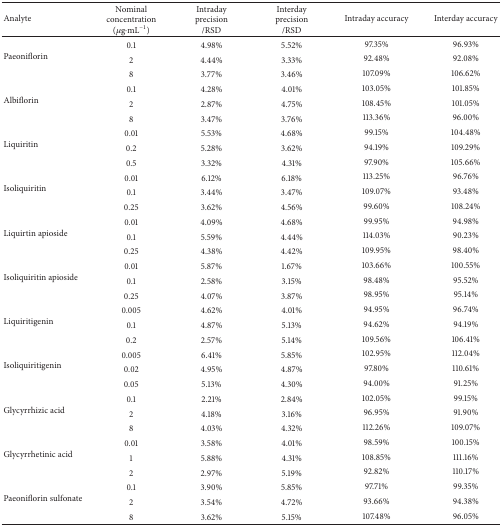
<table><thead><tr><td><b>Analyte</b></td><td><b>Nominal concentration(<i>μ</i>g·mL<sup>−1</sup>)</b></td><td><b>Intraday precision/RSD</b></td><td><b>Interday precision/RSD</b></td><td><b>Intraday accuracy</b></td><td><b>Interday accuracy</b></td></tr></thead><tbody><tr><td rowspan="3">Paeoniflorin</td><td>0.1</td><td>4.98%</td><td>5.52%</td><td>97.35%</td><td>96.93%</td></tr><tr><td>2</td><td>4.44%</td><td>3.33%</td><td>92.48%</td><td>92.08%</td></tr><tr><td>8</td><td>3.77%</td><td>3.46%</td><td>107.09%</td><td>106.62%</td></tr><tr><td rowspan="3">Albiflorin</td><td>0.1</td><td>4.28%</td><td>4.01%</td><td>103.05%</td><td>101.85%</td></tr><tr><td>2</td><td>2.87%</td><td>4.75%</td><td>108.45%</td><td>101.05%</td></tr><tr><td>8</td><td>3.47%</td><td>3.76%</td><td>113.36%</td><td>96.00%</td></tr><tr><td rowspan="3">Liquiritin</td><td>0.01</td><td>5.53%</td><td>4.68%</td><td>99.15%</td><td>104.48%</td></tr><tr><td>0.2</td><td>5.28%</td><td>3.62%</td><td>94.19%</td><td>109.29%</td></tr><tr><td>0.5</td><td>3.32%</td><td>4.31%</td><td>97.90%</td><td>105.66%</td></tr><tr><td rowspan="3">Isoliquiritin</td><td>0.01</td><td>6.12%</td><td>6.18%</td><td>113.25%</td><td>96.76%</td></tr><tr><td>0.1</td><td>3.44%</td><td>3.47%</td><td>109.07%</td><td>93.48%</td></tr><tr><td>0.25</td><td>3.62%</td><td>4.56%</td><td>99.60%</td><td>108.24%</td></tr><tr><td rowspan="3">Liquirtin apioside</td><td>0.01</td><td>4.09%</td><td>4.68%</td><td>99.95%</td><td>94.98%</td></tr><tr><td>0.1</td><td>5.59%</td><td>4.44%</td><td>114.03%</td><td>90.23%</td></tr><tr><td>0.25</td><td>4.38%</td><td>4.42%</td><td>109.95%</td><td>98.40%</td></tr><tr><td rowspan="3">Isoliquiritin apioside</td><td>0.01</td><td>5.87%</td><td>1.67%</td><td>103.66%</td><td>100.55%</td></tr><tr><td>0.1</td><td>2.58%</td><td>3.15%</td><td>98.48%</td><td>95.52%</td></tr><tr><td>0.25</td><td>4.07%</td><td>3.87%</td><td>98.95%</td><td>95.14%</td></tr><tr><td rowspan="3">Liquiritigenin</td><td>0.005</td><td>4.62%</td><td>4.01%</td><td>94.95%</td><td>96.74%</td></tr><tr><td>0.1</td><td>4.87%</td><td>5.13%</td><td>94.62%</td><td>94.19%</td></tr><tr><td>0.2</td><td>2.57%</td><td>5.14%</td><td>109.56%</td><td>106.41%</td></tr><tr><td rowspan="3">Isoliquiritigenin</td><td>0.005</td><td>6.41%</td><td>5.85%</td><td>102.95%</td><td>112.04%</td></tr><tr><td>0.02</td><td>4.95%</td><td>4.87%</td><td>97.80%</td><td>110.61%</td></tr><tr><td>0.05</td><td>5.13%</td><td>4.30%</td><td>94.00%</td><td>91.25%</td></tr><tr><td rowspan="3">Glycyrrhizic acid</td><td>0.1</td><td>2.21%</td><td>2.84%</td><td>102.05%</td><td>99.15%</td></tr><tr><td>2</td><td>4.18%</td><td>3.16%</td><td>96.95%</td><td>91.90%</td></tr><tr><td>8</td><td>4.03%</td><td>4.32%</td><td>112.26%</td><td>109.07%</td></tr><tr><td rowspan="3">Glycyrrhetinic acid</td><td>0.01</td><td>3.58%</td><td>4.01%</td><td>98.59%</td><td>100.15%</td></tr><tr><td>1</td><td>5.88%</td><td>4.31%</td><td>108.85%</td><td>111.16%</td></tr><tr><td>2</td><td>2.97%</td><td>5.19%</td><td>92.82%</td><td>110.17%</td></tr><tr><td rowspan="3">Paeoniflorin sulfonate</td><td>0.1</td><td>3.90%</td><td>5.85%</td><td>97.71%</td><td>99.35%</td></tr><tr><td>2</td><td>3.54%</td><td>4.72%</td><td>93.66%</td><td>94.38%</td></tr><tr><td>8</td><td>3.62%</td><td>5.15%</td><td>107.48%</td><td>96.05%</td></tr></tbody></table>